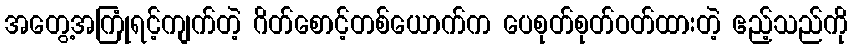
အတွေ့အကြုံရင့်ကျက်တဲ့ ဂိတ်စောင့်တစ်ယောက်က ပေစုတ်စုတ်ဝတ်ထားတဲ့ ဧည့်သည်ကို